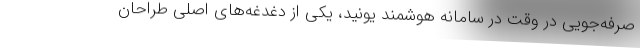
صرفه‌جویی در وقت در سامانه هوشمند یونید، یکی از دغدغه‌های اصلی طراحان